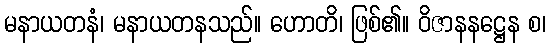
မနာယတနံ၊ မနာယတနသည်။ ဟောတိ၊ ဖြစ်၏။ ဝိဇာနနဋ္ဌေန စ၊